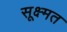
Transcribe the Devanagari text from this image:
सूक्ष्मत